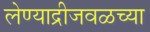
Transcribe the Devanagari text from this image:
लेण्याद्रीजवळच्या